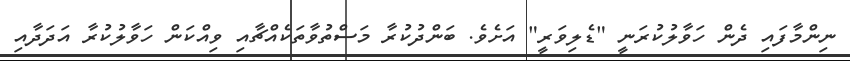
ނިންމާފައި ދެން ހަވާލުކުރަނީ "ޑެލިވަރީ" އަށެވެ. ބަންދުކުރާ މަސްތުވާތަކެއްޗާއި ވިއްކަން ހަވާލުކުރާ އަދަދާއި